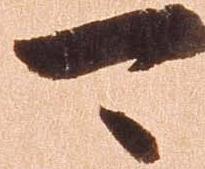
可